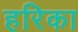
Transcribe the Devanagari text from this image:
हरिका